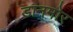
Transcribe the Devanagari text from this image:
डानमोर